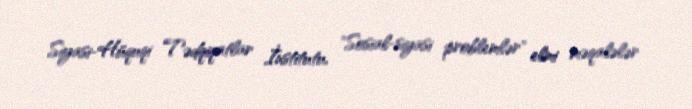
Siyasi-Hüquqi Tədqiqatlar İnstitutu, "Sosial-siyasi problemlər" elmi məqalələr